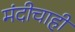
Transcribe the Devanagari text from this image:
मंदीचाही